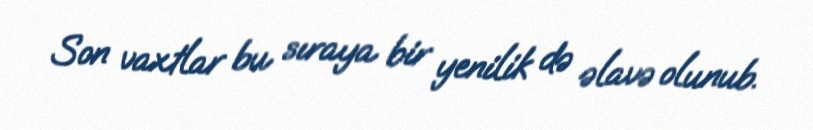
Son vaxtlar bu sıraya bir yenilik də əlavə olunub.